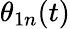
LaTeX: \theta_{1n}(t)